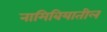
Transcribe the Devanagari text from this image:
नामिबियातील